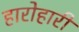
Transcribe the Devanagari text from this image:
हारोहारी